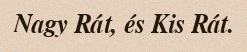
Nagy Rát, és Kis Rát.